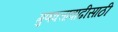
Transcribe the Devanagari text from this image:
गुणवत्तावाढीसाठी